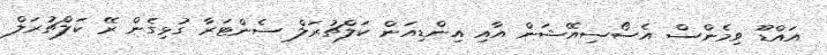
އައްޑޫ ވިމެންސް އެސޯސިއޭޝަން އާއި އިންޑިއަން ކަލްޗުރަލް ސެންޓަރާ ގުޅިގެން ރޭ ކަލްޗުރަލް